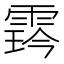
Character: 𩃨